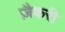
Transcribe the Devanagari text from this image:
ज़ैकरी